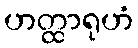
ဟတ္ထာရုဟံ